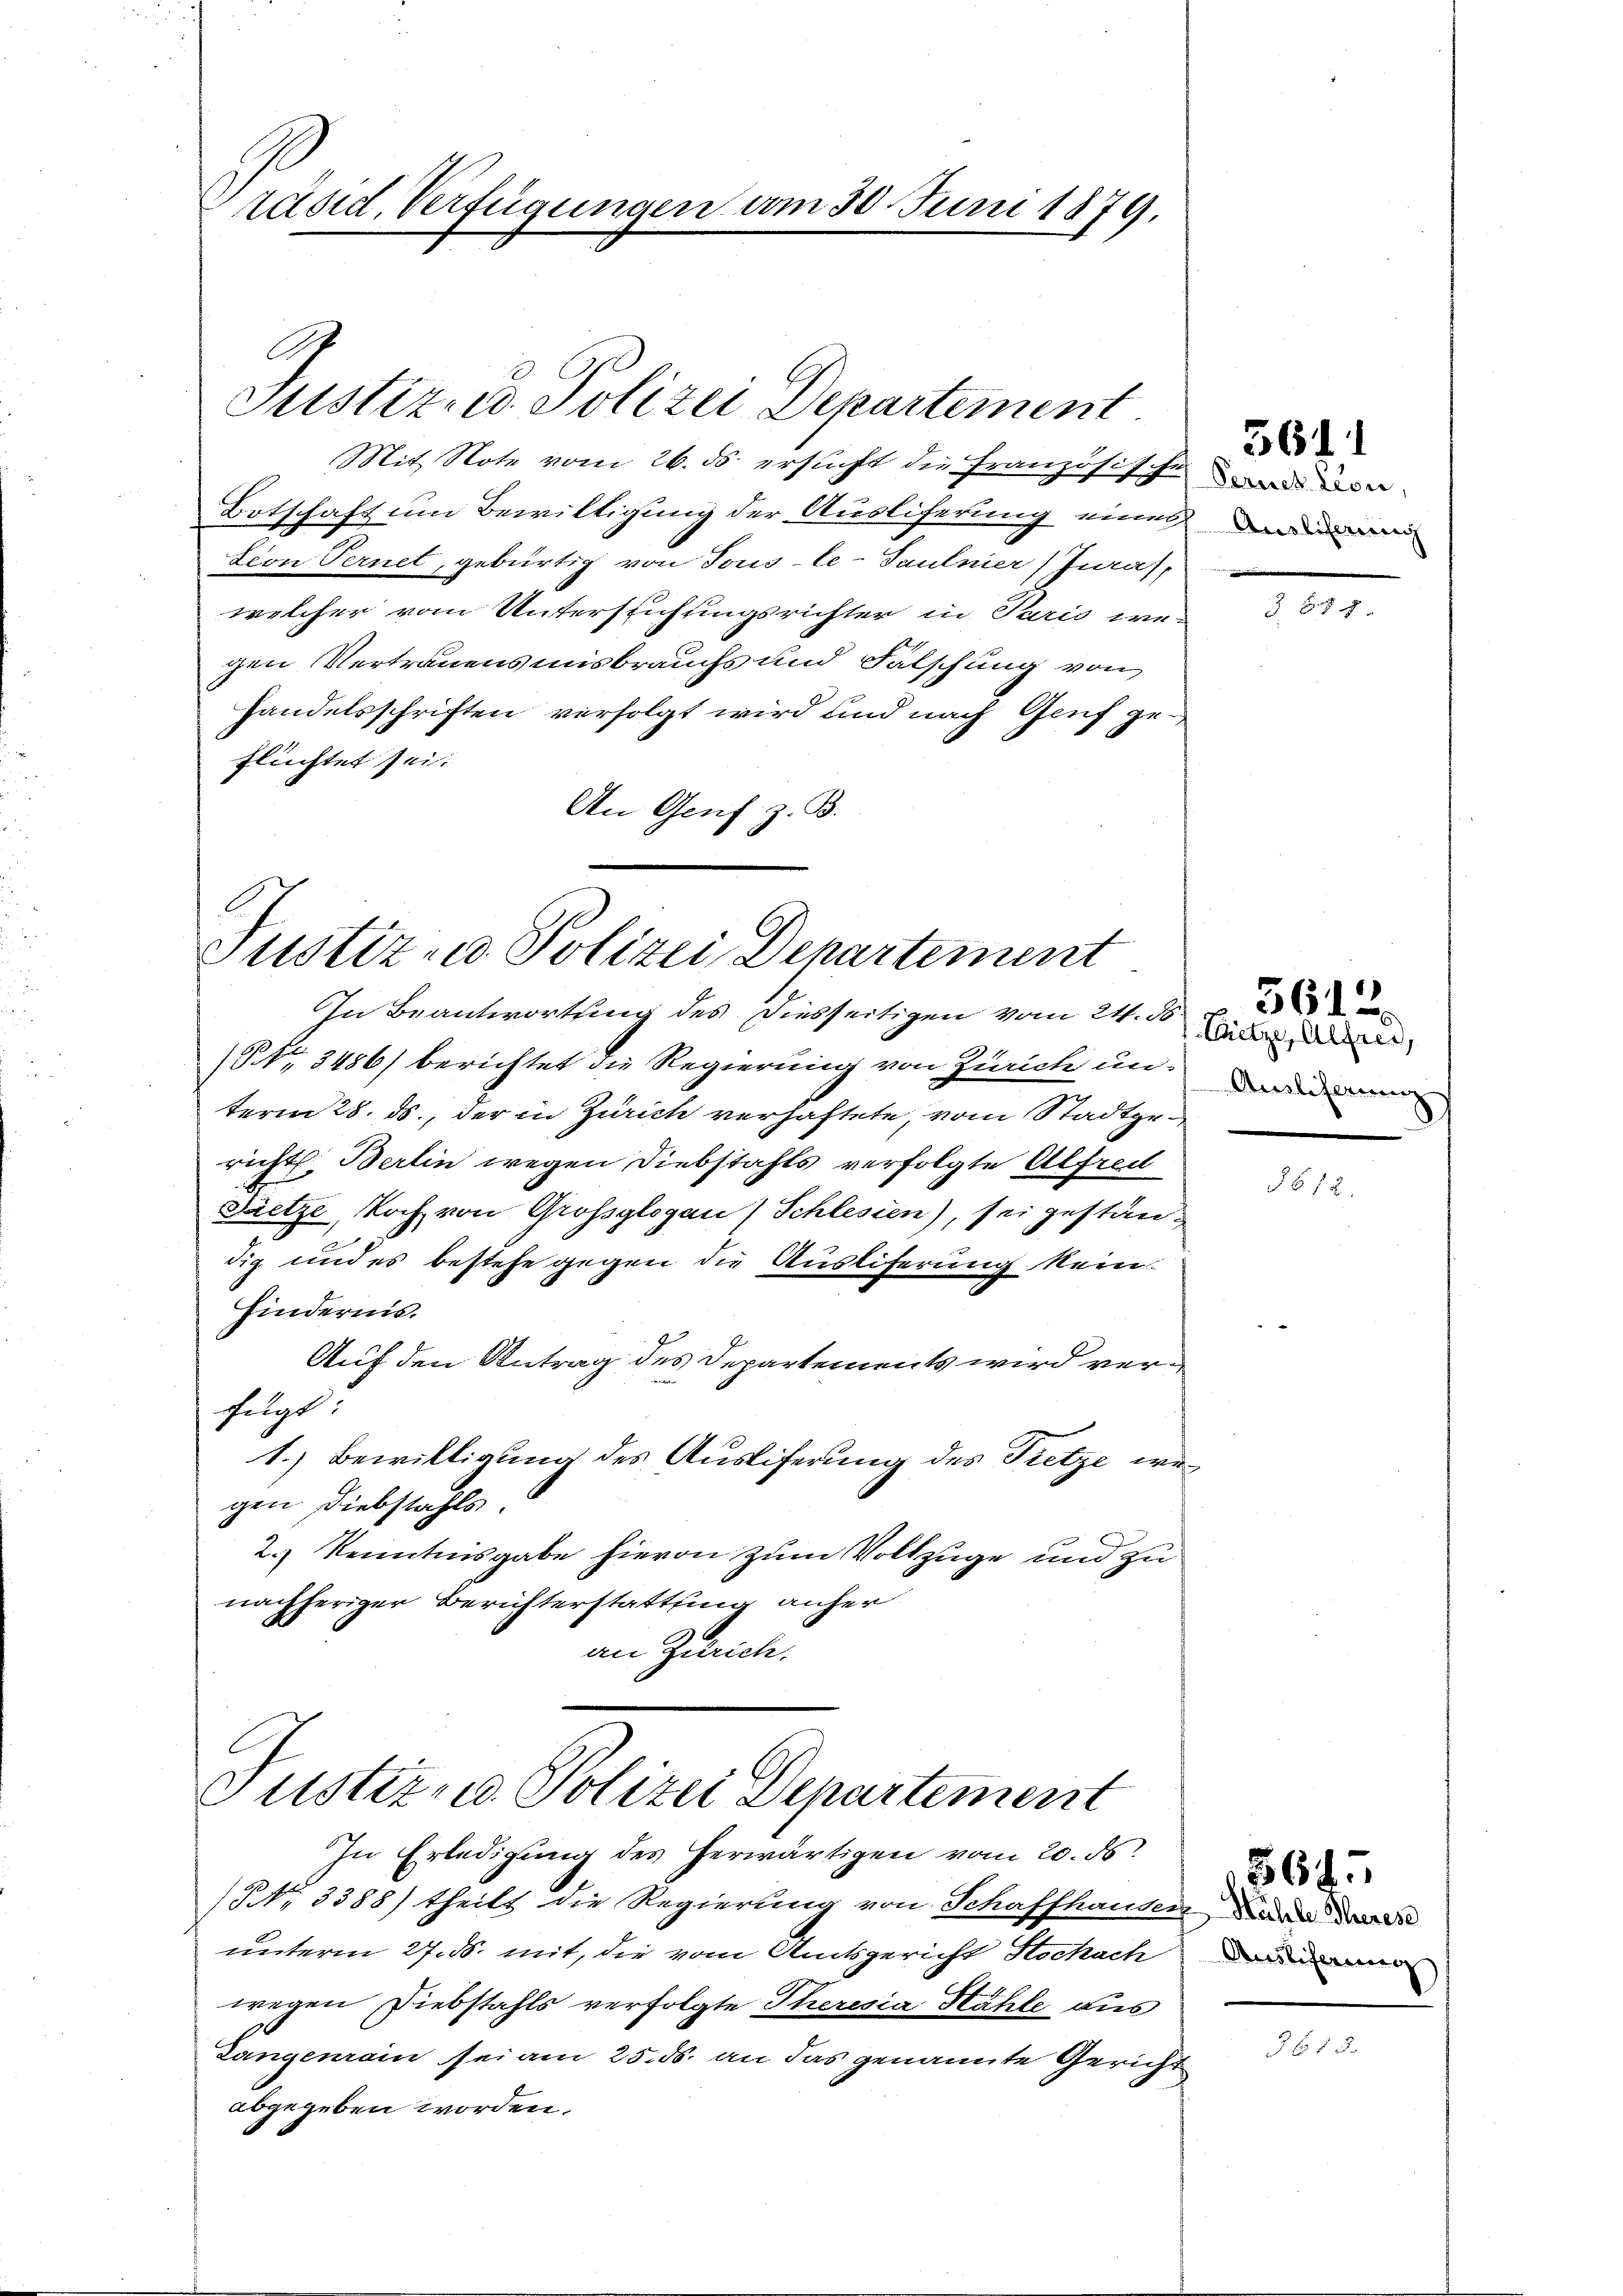
räsid. Verfügungen am 30. Juni 1879.

Mit Note vom 26. ds. ersucht die Französische und de
Botschaft um Bewilligung der Auslicherung eines daru
tion Ternet, gebürtig von Tous-le-Paulnier Jura,
welcher vom Untersuchungsrichter in Paris we-
gen Vertrauensmisbrauchs und Falschung von
handelsschriften verfolgt wird und nach Genf geflüchtet sei.
An Genf z. B.

A

Justiz- u. Polizei Departement.

Justiz - Polizei Departement

In Beantwortung des Diesseitigen vom 24. d
(S. 3486) berichtet die Regierung von Zürich unterm 28. ds., der in Zürich verhaftete, vom Stadtgericht Berlin wegen Diebstahls verfolgte Alfreil
S
Pretze, doch von Grossglogau) Schlesien), sei gestandig und es bestehe gegen die Ausliferung kein
Hindernis.
Auf den Antrag des Departements wird verfügt:
1.) Bewilligung des Ausliferung des Tretze wegen Diebstahls.
2.) Kenntnisgabe hievon zum Vollzuge und zu
nachheriger Berichterstattung anher
an Zürich.

Justiz- u. Polizei Departement
In Erledigung des herwärtigen vom 20. ds.

(NNo. 3388) theils die Regierung von Schaffhausen, dann das
unterm 27. ds. mit, die vom Amtsgericht Stockach
wegen Diebstahls verfolgte Theresia Hähle aus
Langenrain sei am 25. ds. an das genannte Gericht
abgegeben worden.

3611

3 678.

Pitze, Alfred,
Auslieferung

5642.

1612

Auslicherung

5645

9618.